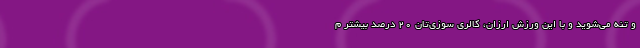
و تنه می‌شوید و با این ورزش ارزان، کالری سوزی‌تان ۲۰ درصد بیشتر م